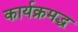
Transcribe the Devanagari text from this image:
कार्यक्रमद्ध